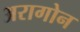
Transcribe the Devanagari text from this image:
अरागोन